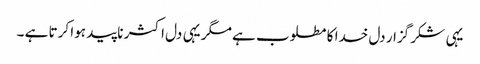
یہی شکر گزار دل خدا کا مطلوب ہے مگر یہی دل اکثر ناپید ہوا کرتا ہے ۔